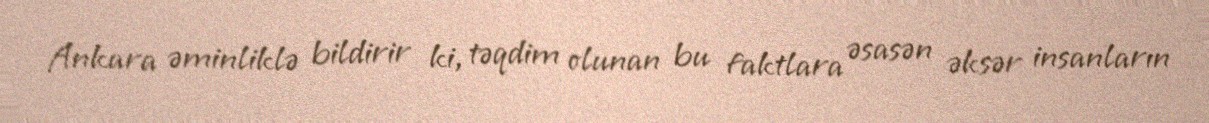
Ankara əminliklə bildirir ki, təqdim olunan bu faktlara əsasən əksər insanların